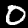
Digit: 0